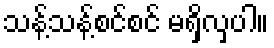
သန့်သန့်စင်စင် မရှိလှပါ။